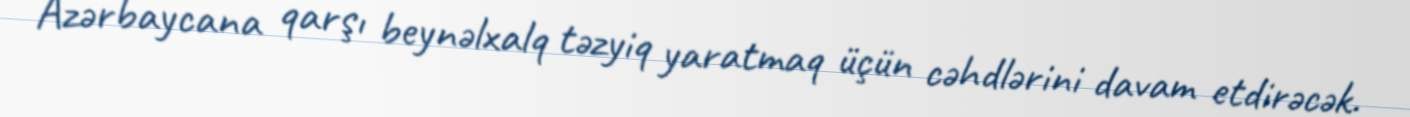
Azərbaycana qarşı beynəlxalq təzyiq yaratmaq üçün cəhdlərini davam etdirəcək.